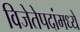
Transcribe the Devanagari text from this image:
विजेतेपदांमध्ये